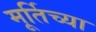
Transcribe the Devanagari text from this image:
मूर्तिच्या